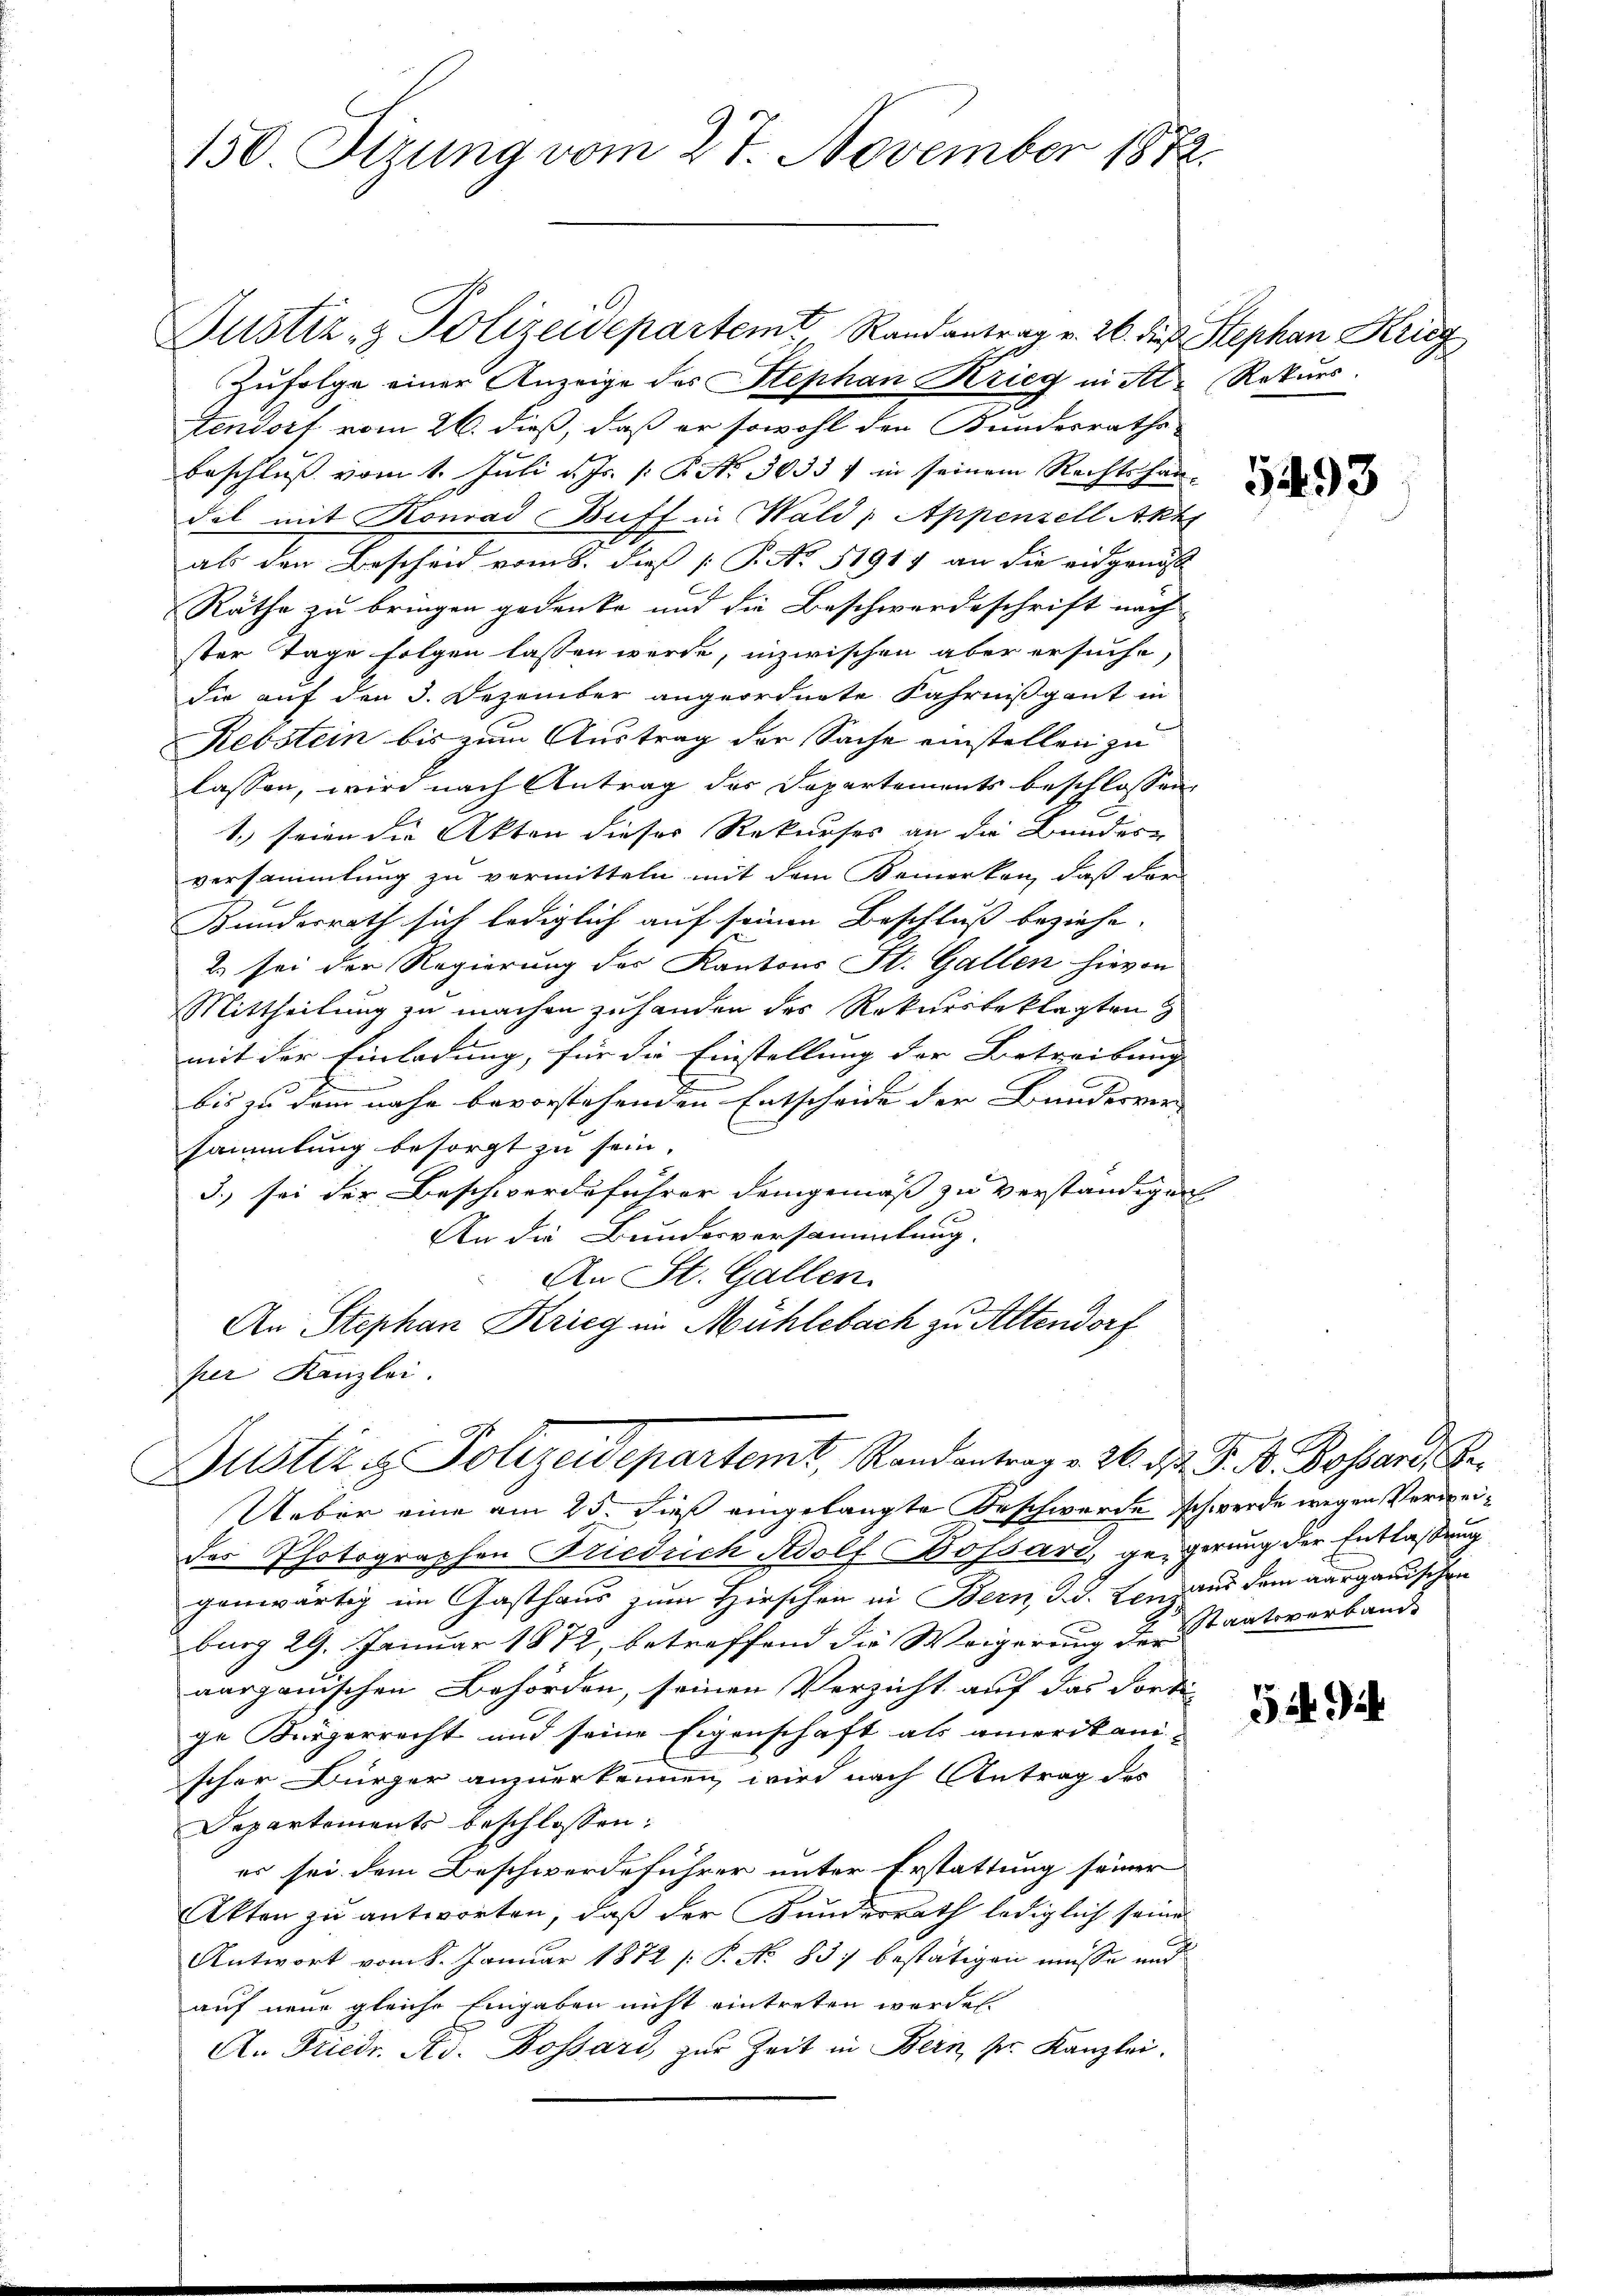
150 Sizung vom 27. November 1872.

Justiz- & Polizeidepartem Randantrag v. 26. die Stephan Krieg
Zufolge einer Anzeige des Stephan Krieg in Al. Rekurs.
stendorf vom 26. dieß, daß er sowohl den Bundesraths-
beschluß vom 1. Juli d. Js. [: P. Nr. 3033 in seinem Rechtshaudal mit Konrad Buff in Wald, Appenzell Akt
als den Bescheid vom 8. dieß P. No. 51917 an die eidgenös
Räthe zu bringen gedenke und die Beschwerdeschrift nach
ster Tage folgen lassen werde, inzwischen aber ersuche,
die auf den 3. Dezember angeordnete Fahrnissgant in
Rebstein bis zum Austrag der Sache einstellen zu
lassen, wird nach Antrag des Departements beschlossen
1. seien die Akten dieser Rekurses an die Bundes-
versammlung zu vermitteln mit dem Bemerken, daß dar¬
Bundesrath sich lediglich auf seinen Beschluß beziehe. |
2. sei der Regierung der Kantons St. Gallen hievon
Mittheilung zu machen zu handen des Rekursbeklagten
mit der Einladung, für die Einstellung der Betreibung |
bis zu dem nahe bevorstehenden Entscheide der Bundesver-
sammlung besorgt zu sein.
3.) sei der Beschwerdeführer demgemäß zu verständigen
An die Bundesversammlung.
An St. Gallen
An Stephan Krieg in Mühlebach zu Altendorf
per Kanzlei.

Justiz & Polizeidepartemit, Randantrage 26. d. J. A. Bossard S.

Ueber eine am 25. dieß eingelangte Beschwerde schwerde wegen Verweides Photographen Frieduch Adolf Bossari, geigerung der Entlaßung
genwärtig im Gasthaus zum Hirschen in Bern, d. d. Lenz aus dem aargauischen
burg 29. Januar 1872, betreffend die Weigerung der Staatsverbande
aarganischen Behörden, seinen Verzicht auf das dorti-
ge Bürgerrecht und seine Eigenschaft als amerikani-
scher Bürger anzuerkennen, wird nach Antrag des
Departements beschlossen:
es sei dem Beschwerdeführer unter Erstattung seiner
Akten zu antworten, daß der Kundesrath lediglich seine
Antwort vom 8. Januar 1872 /: P. No 837 bestätigen müsse und
auf neue gleiche Eingaben nicht eintreten werden.
A. Friedr. A. Bossard, zur Zeit in Bern, Hr. Kanzlei.

5493

54. 94